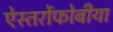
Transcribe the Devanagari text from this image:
ऐस्तरोंफोबीया